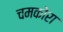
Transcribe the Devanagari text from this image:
चमकोरा